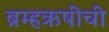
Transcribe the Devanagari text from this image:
ब्रम्हऋषींची